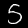
Label: 5